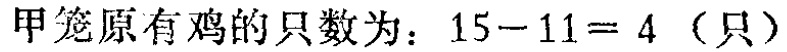
甲笼原有鸡的只数为：\(15 - 11 = 4\)（只）